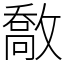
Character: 敿